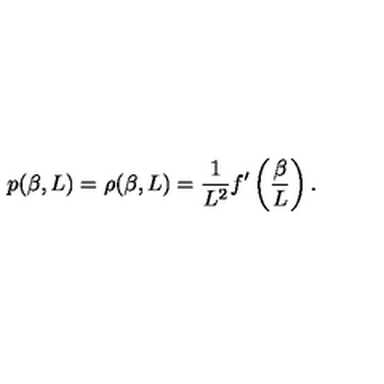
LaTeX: p ( \beta , L ) = \rho ( \beta , L ) = \frac { 1 } { L ^ { 2 } } f ^ { \prime } \left( \frac { \beta } { L } \right) .